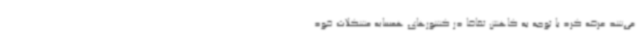
می‌شد عرضه کرد با توجه به کاهش تقاضا در کشورهای همسایه مشکلات خود